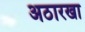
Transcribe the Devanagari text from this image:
अठारखा